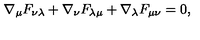
\nabla _ { \mu } F _ { \nu \lambda } + \nabla _ { \nu } F _ { \lambda \mu } + \nabla _ { \lambda } F _ { \mu \nu } = 0 ,